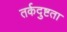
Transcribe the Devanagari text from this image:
तर्कदुष्टता